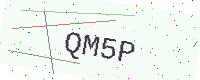
Text: QM5P